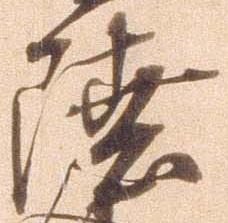
陸